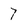
Character: 7